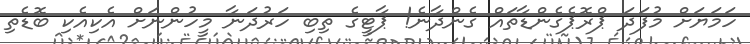
ހަމަޔަށް މުފަދަ ޕްރޮޕެގެންޑާތައް ގެންދާނެ! ޕާޓީގެ ތިބި ހަރުދަނާ މީހުންނަށް އެކިއެކި ބޮޑެތި